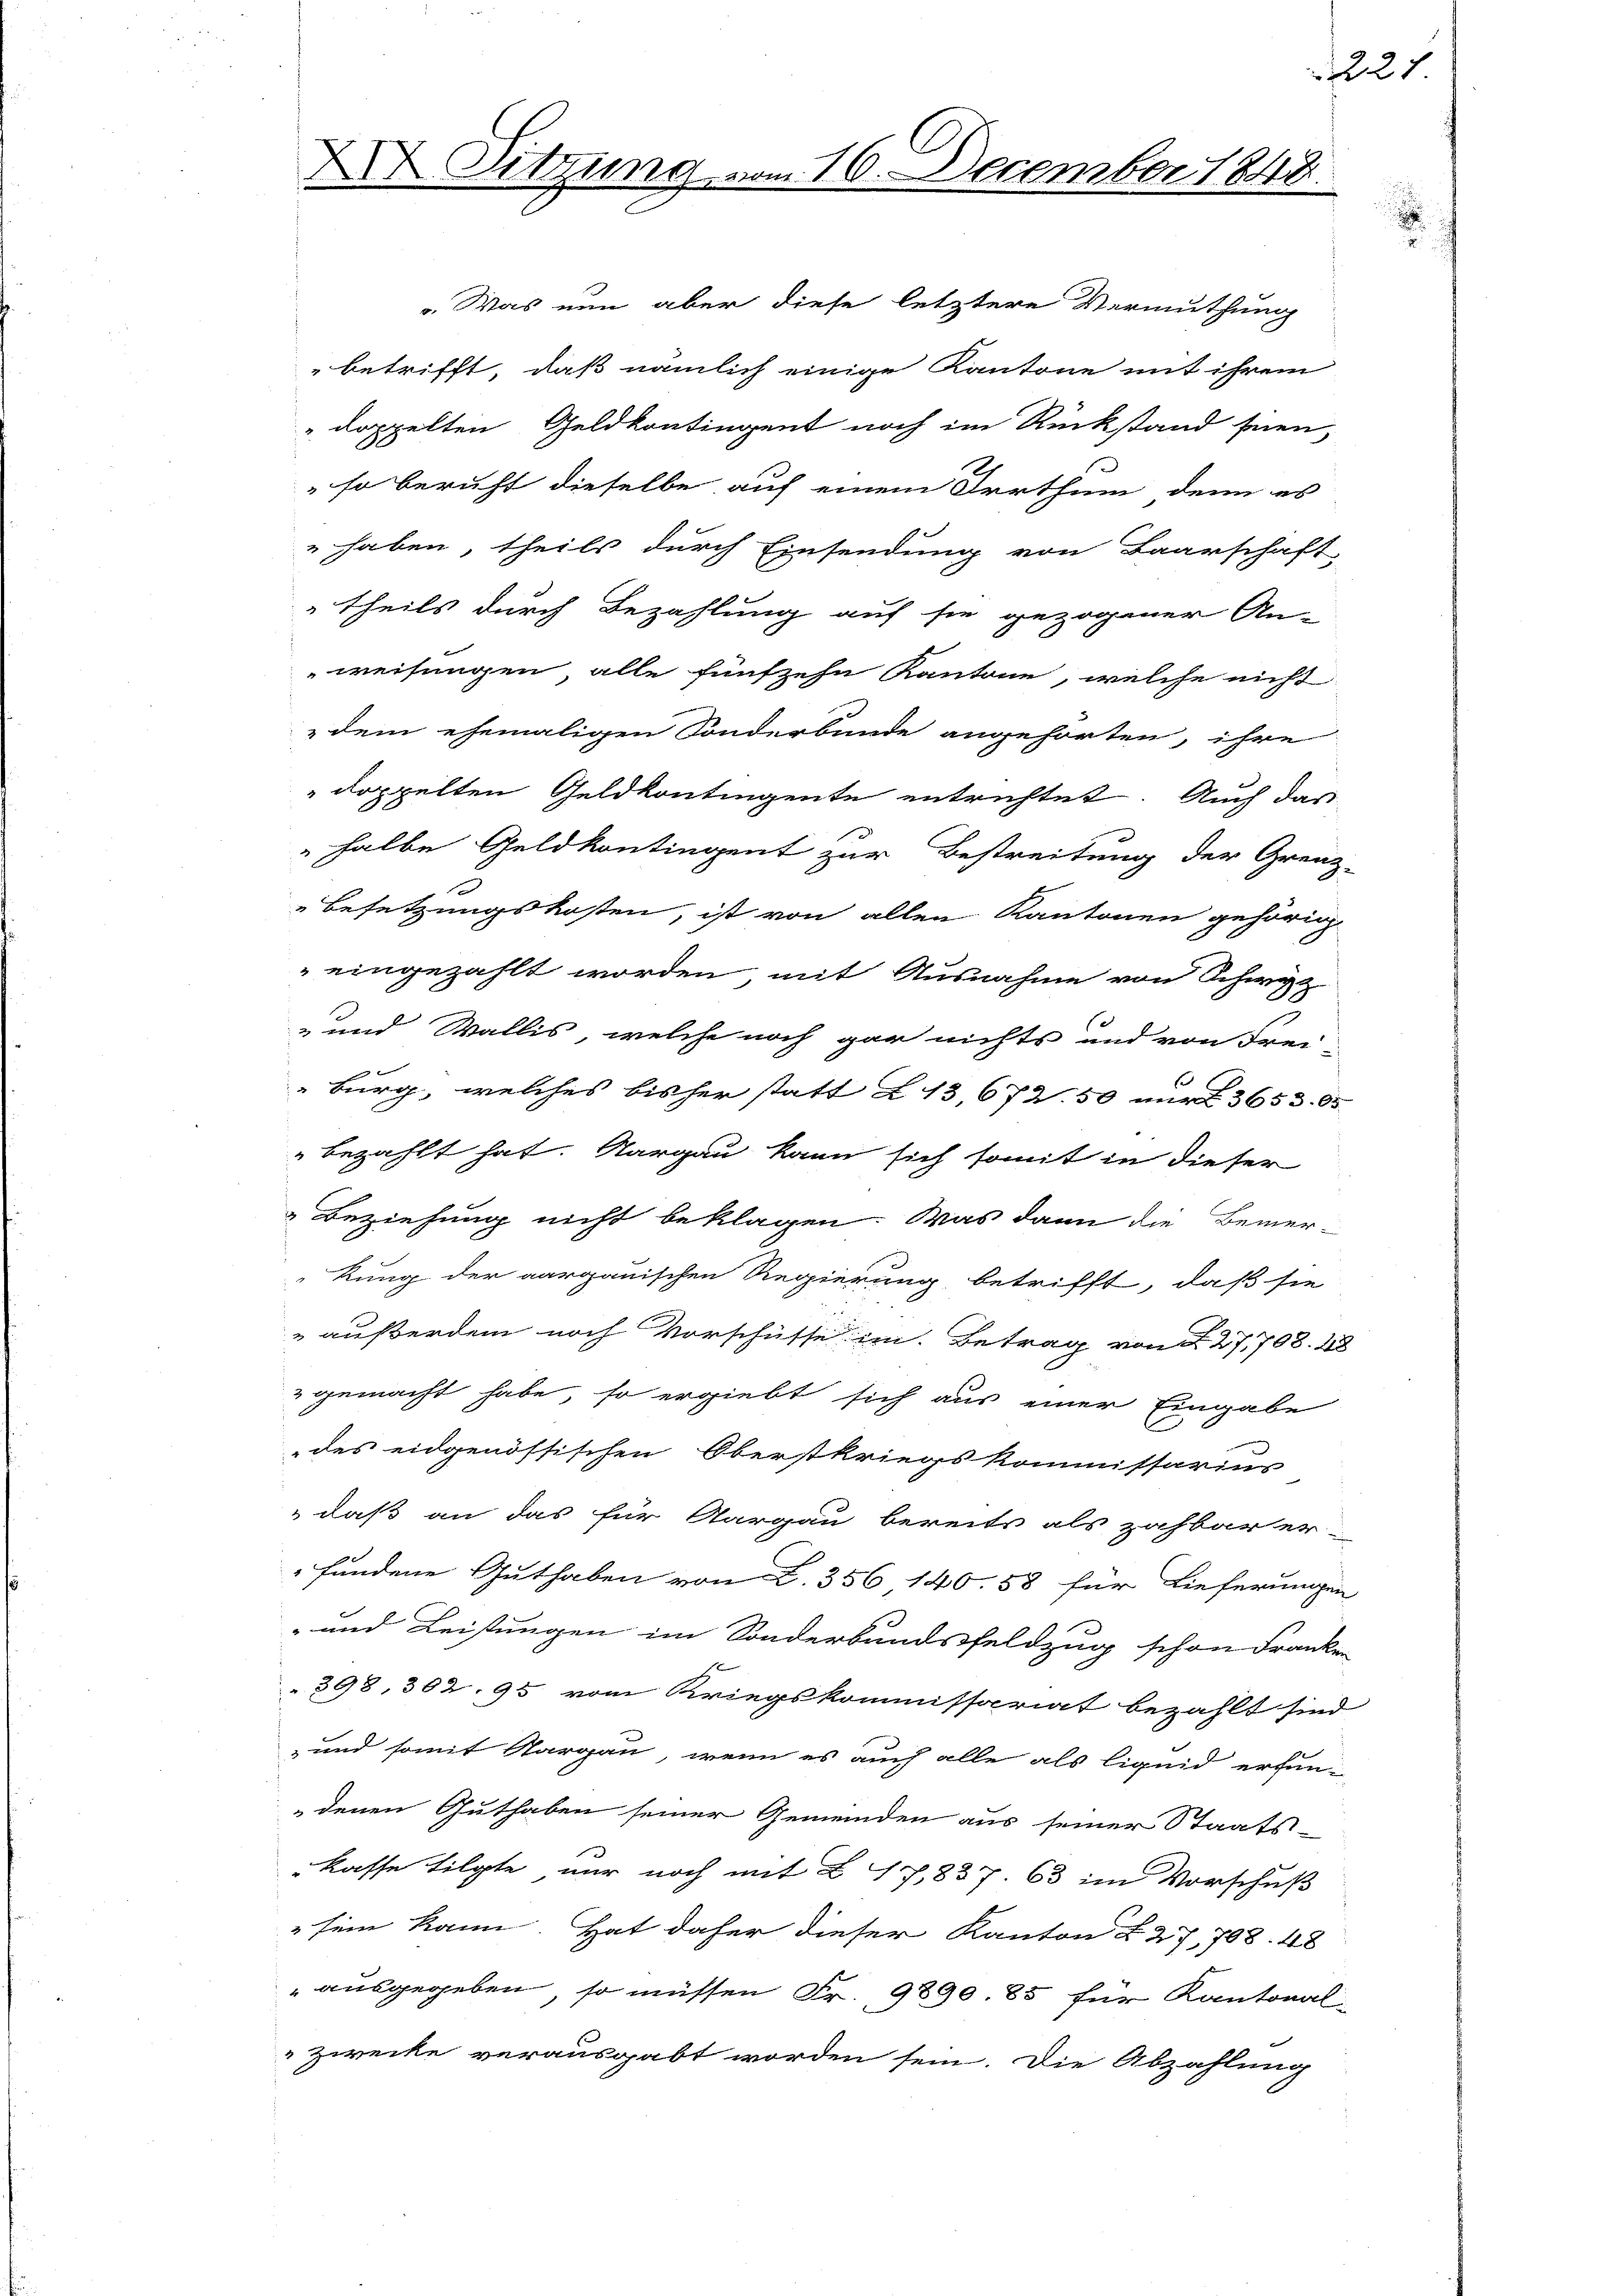
X Sitzung vom 16. December 1848.

.Was nun aber diese letztere Vermuthung
betrifft, daß nämlich einige Kantone mit ihrem
" doppelten Geldkontingent noch im Rückstand huen,
so beruht dieselbe auf einem Irrthum denn es
" haben, theils durch Einsendung von Baarschaft
theils durch Bezahlung auf sie gezogener An-
weisungen, alle fünfzehn Kantone, welche nicht
dem ehemaligen Sonderbunde angehörten, ihre
" doppelten Geldkontingente entrichtet. Auch das
halbe Geldkontingent zur Bestreitung der Grenz-
1
Besetzungskosten, ist von allen Kantonen gehörig
" eingezahlt worden, mit Ausnahme von Schwyz
- und Wallis, welche noch gar nichts und von Frei-
Burg, welches bisher statt 213, 672. 50 nur 3653. 85
bezahlt hat. Nargau kann sich somit in dieser
 Beziehung nicht beklagen. Was dann die Bemer-
kung der aargauischen Regierung betrifft, daß sie
" außerdem noch Vorschüsse im Betrag von § 27,708. 48
 gemacht habe, so ergiebt sich aus einer Eingabe
des eidgenössischen Oberstkriegskommissarius
" daß an das für Aargau bereits als zahbar er
fundene Guthaben von L. 356, 140. 58 für Lieferungen
- und Leistungen im Sonderbundsfeldzug schon Franken
398, 362. 95 vom Kriegskommissariat bezahlt sind
und somit Aargau, wenn es auch alle als liquid erfun-
denen Guthaben seiner Gemeinden aus seiner Staats-
kasse tilgte nur noch mit 217,837. 63 im Vorschuß
 sein kann. Hat daher dieser Kanton § 27, 708. 48
ausgegeben, so müssen Fr. 9890. 85 für Kantonal-
zwecke verausgabt worden sein. Die Abzahlung

1221

.